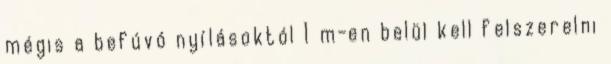
mégis a befúvó nyílásoktól 1 m-en belül kell felszerelni